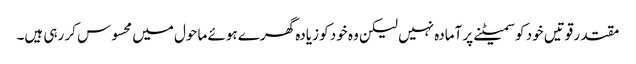
مقتدر قوتیں خود کو سمیٹنے پر آمادہ نہیں لیکن وہ خود کو زیادہ گھرے ہوئے ماحول میں محسوس کر رہی ہیں۔